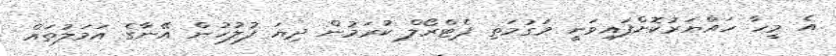
އެ މީހާ ހައްޔަރުކޮށްފައިވަނީ މަގުމަތި ޕެޓްރޯލް ކުރަމުން ދިޔަ ފުލުހުން އޭނާގެ އަމަލުތައް